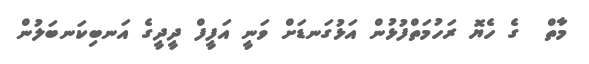
މާތް  ގެ ހެޔޮ ރަހުމަތްފުޅުން އަޅުގަނޑަށް ވަނީ އަފީފް ދީދީގެ އަނބިކަނބަލުން